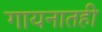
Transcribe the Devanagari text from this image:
गायनातही